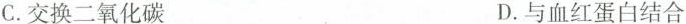
C.交换二氧化碳 D.与血红蛋白结合